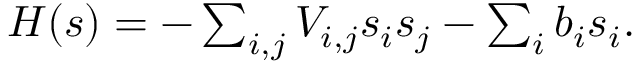
\begin{array} { r } { H ( s ) = - \sum _ { i , j } V _ { i , j } s _ { i } s _ { j } - \sum _ { i } b _ { i } s _ { i } . } \end{array}